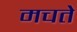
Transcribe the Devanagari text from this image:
मचते